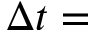
\Delta t =